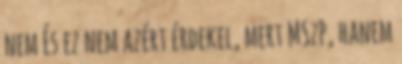
nem És ez nem azért érdekel, mert MSzP, hanem